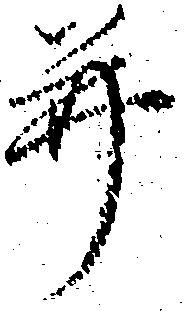
并